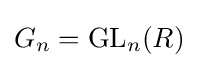
G_{n}=\mathrm {GL} _{n}(R)